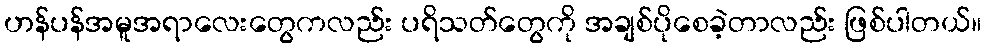
ဟန်ပန်အမူအရာလေးတွေကလည်း ပရိသတ်တွေကို အချစ်ပိုစေခဲ့တာလည်း ဖြစ်ပါတယ်။